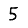
Digit: 5